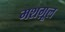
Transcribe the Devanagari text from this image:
मशग़ूल